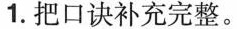
1. 把口诀补充完整。